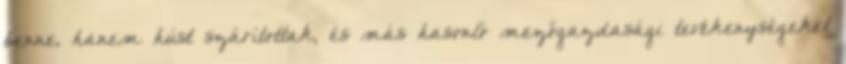
benne, hanem húst szárítottak, és más hasonló mezőgazdasági tevékenységeket